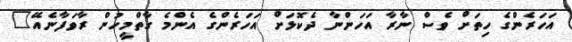
އަހަރެންގެ ހިތަށް ވެސް ނާރާ އަހަންނާ ދެކޮޅަށް އަހަރެންގެ އެންމެ ގާތްމީހުން ރާވަފާނެއޭ"